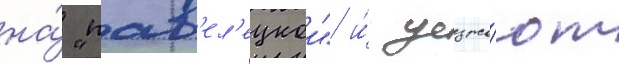
на́ "пав'ел'ецкои" и́ уезжа́ют